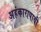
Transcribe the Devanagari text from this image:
अहंकारापायी